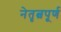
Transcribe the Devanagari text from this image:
नेतृत्वपूर्ण